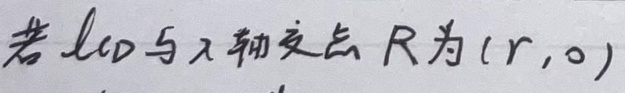
若\(l_{CD}\)与\(x\)轴交点\(R\)为\((r,0)\)